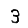
Digit: 3